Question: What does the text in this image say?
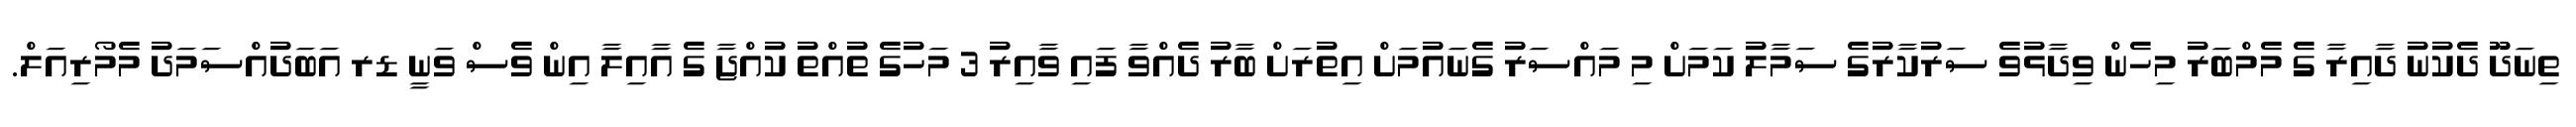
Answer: ތިނަދޫ ދެކުނު ދާއިރާ ގެ މެމްބަރު މިހެން ވިދާޅުވެ ސަރުކާރުގެ ސަމާލު ކަމަށް މި މައްސަރު ގެނައުމަށް އިތުރަށް ބާރު ދެއްވާ ފައި ވާއިރު 3 މަހުގެ ތުއްތު ކުއްޖާ ގެ އާއިލާ އިން ވެސް ވަނީ ޑރ އަބަދުއްސަމަދު މެމޯރިއަލް.